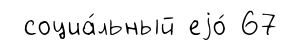
социа́льный еjо́ 67